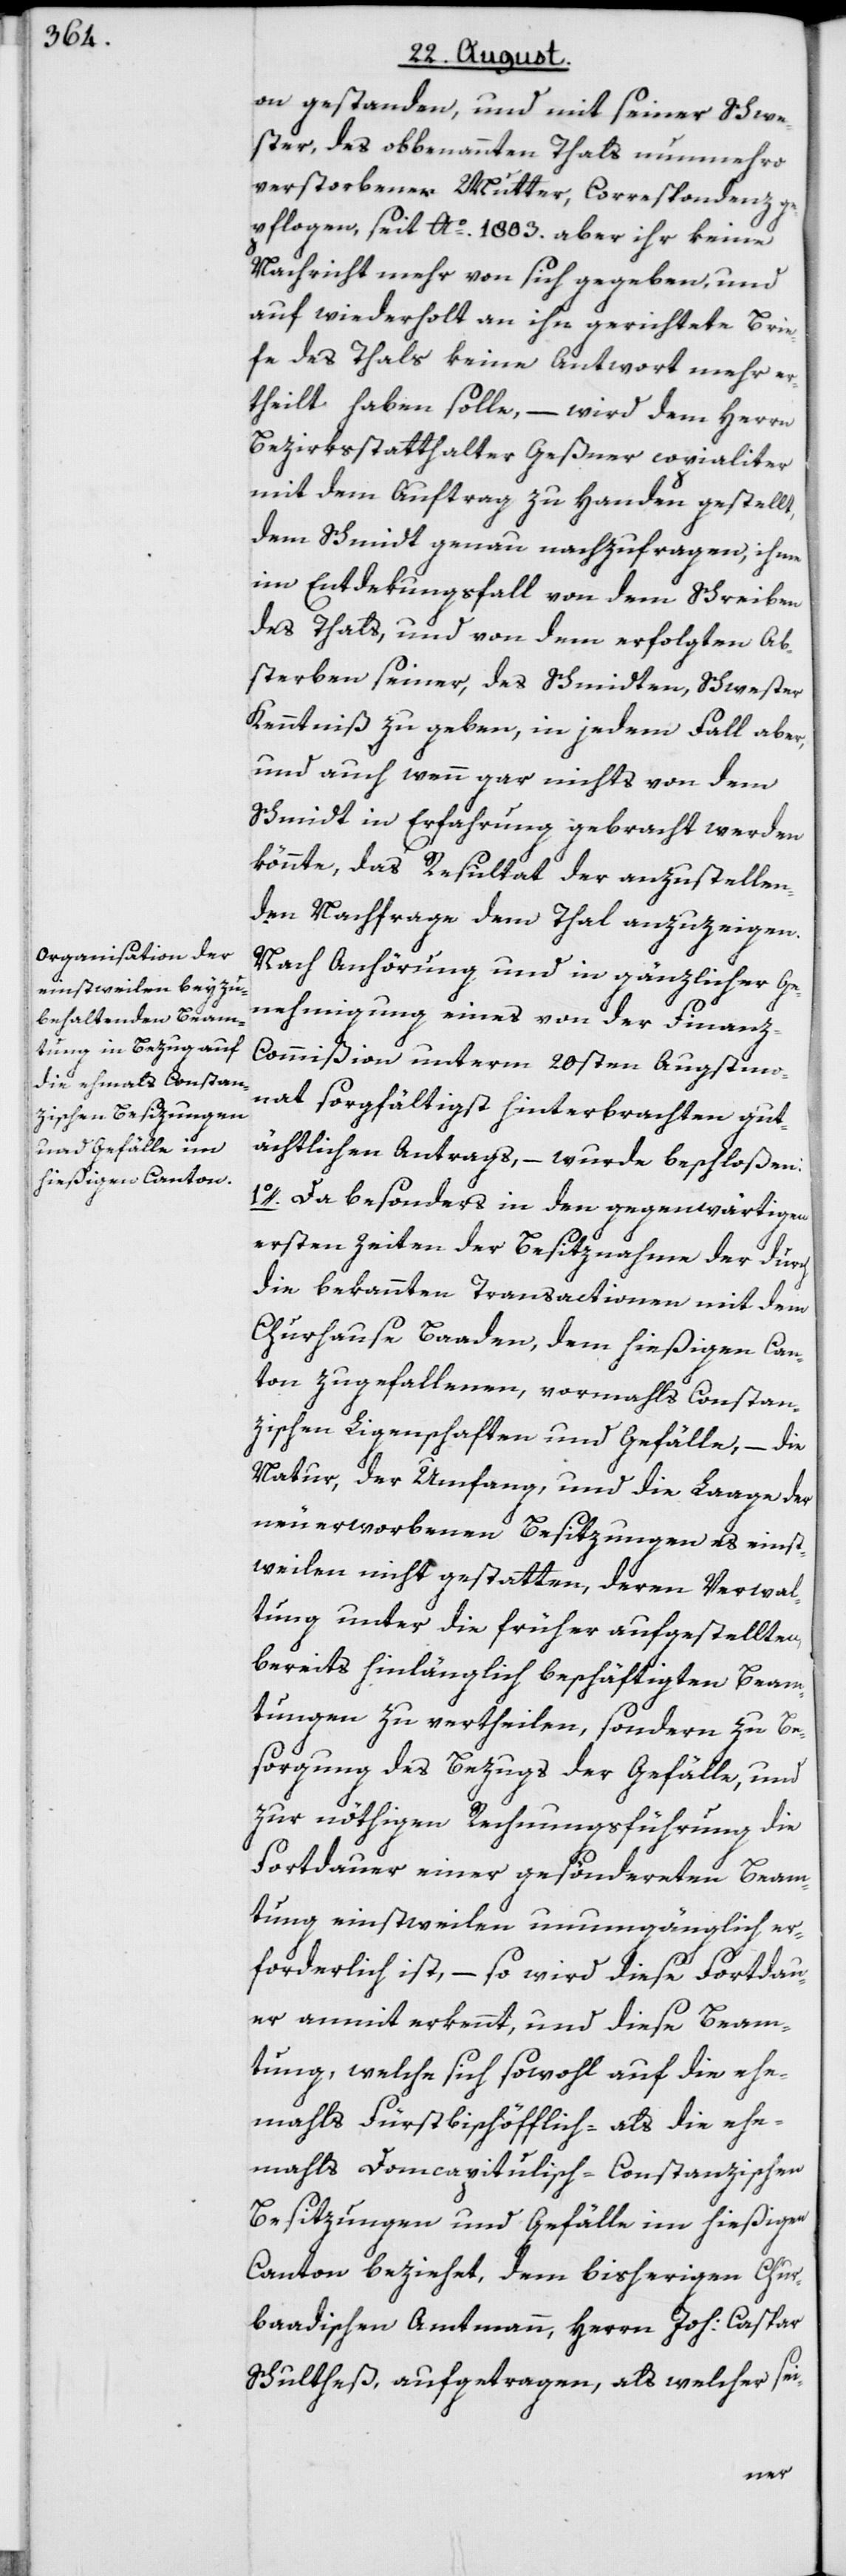
on gestanden, und mit seiner Schwe¬
ster, des obbenannten Thals nunmehro
verstorbener Mutter, Correspondenz ge¬
pflogen, seit Ao. 1803. aber ihr keine
Nachricht mehr von sich gegeben, und
auf wiederholt an ihn gerichtete Brie¬
fe des Thals keine Antwort mehr er¬
theilt haben solle, – wird dem Herrn
Bezirksstatthalter Geßner copialiter
mit dem Auftrag zu Handen gestellt,
dem Schmidt genau nachzufragen, ihme
im Entdekungsfall von dem Schreiben
des Thals, und von dem erfolgten Ab¬
sterben seiner, des Schmidten, Schwester
Kenntniß zu geben, in jedem Fall aber,
und auch wenn gar nichts von dem
Schmidt in Erfahrung gebracht werden
könnte, das Resultat der anzustellen¬
den Nachfrage dem Thal anzuzeigen.
Nach Anhörung und in gänzlicher Ge¬
nehmigung eines von der Finanz-C¬
ommißion unterm 20sten Augstmo¬
nat sorgfältigst hinterbrachten gut¬
ächtlichen Antrags, – wurde beschloßen:
1o. Da besonders in den gegenwärtigen
ersten Zeiten der Besitznahme der durch
die bekannten Transactionen mit dem
Churhause Baaden, dem hießigen Can¬
ton zugefallenen, vormahls Constan¬
zischen Ligenschaften und Gefälle, – die
Natur, der Umfang, und die Laage der
neu erworbenen Besitzungen es einst¬
weilen nicht gestatten, deren Verwal¬
tung unter die früher aufgestellten,
bereits hinlänglich beschäftigten Beam¬
tungen zu vertheilen, sondern zu Be¬
sorgung des Bezugs der Gefälle, und
zur nöthigen Rechnungsführung die
Fortdauer einer gesöndereten Beam¬
tung einstweilen unumgänglich er¬
forderlich ist, – so wird diese Fortdau¬
er anmit erkennt, und diese Beam¬
tung, welche sich sowohl auf die ehe¬
mahls Fürstbischöfflich- als die ehe¬
mahls Domcapitulisch-Constanzischen
Besitzungen und Gefälle im hießigen
Canton beziehet, dem bisherigen Chur¬
baadischen Amtmann, Herrn Joh: Caspar
Schultheß, aufgetragen, als welcher sei-